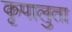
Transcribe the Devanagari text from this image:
कृपालुता